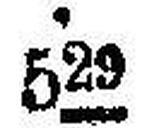
529